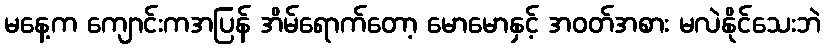
မနေ့က ကျောင်းကအပြန် အိမ်ရောက်တော့ မောမောနှင့် အဝတ်အစား မလဲနိုင်သေးဘဲ